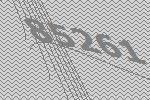
85261